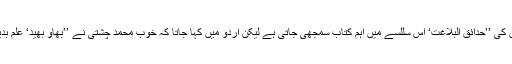
مولوی شمس الدین کی ’’حدائق البلاغت‘ اس سللسے میں اہم کتاب سمجھی جاتی ہے لیکن اردو میں کہا جاتا کہ خوب محمد چشتی نے ’’بھاو بھید‘ علم بدیع پر کتاب لکھی۔